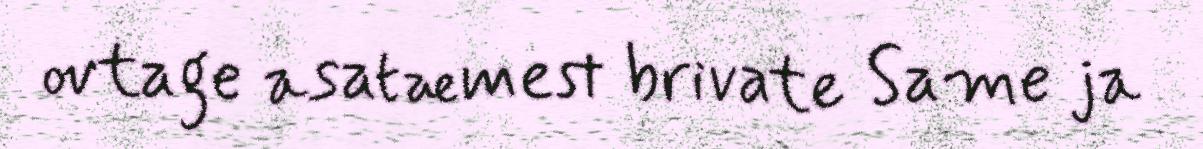
ovtage asatæmest brivate Same ja